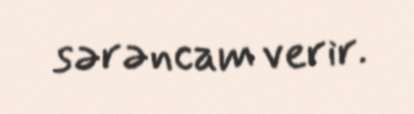
sərəncam verir.